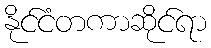
နိုင်ငံတကာဆိုင်ရာ